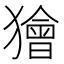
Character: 獪